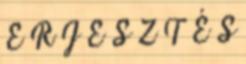
E R J E S Z T É S